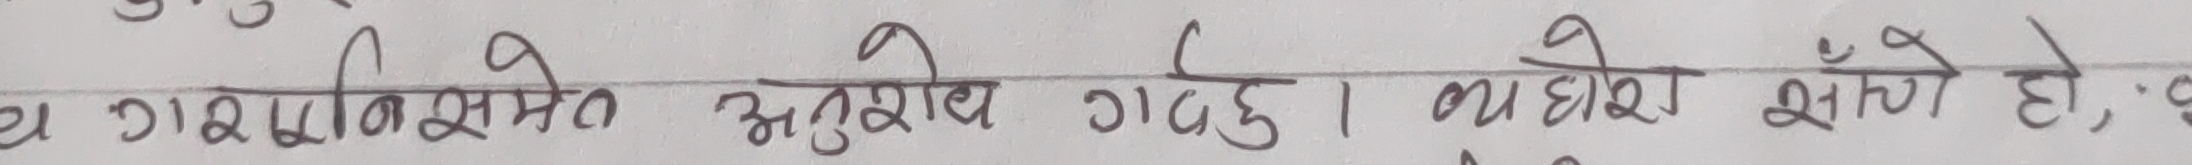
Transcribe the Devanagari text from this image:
ग्रामाइनसमेत अनुरूप गर्छु। ग्याइँसो साचो हो, व